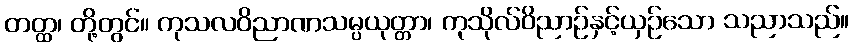
တတ္ထ၊ တို့တွင်။ ကုသလဝိညာဏသမ္ပယုတ္တာ၊ ကုသိုလ်ဝိညာဉ်နှင့်ယှဉ်သော သညာသည်။